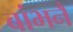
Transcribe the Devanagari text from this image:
बांभनै